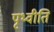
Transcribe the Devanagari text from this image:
पृथ्वीति